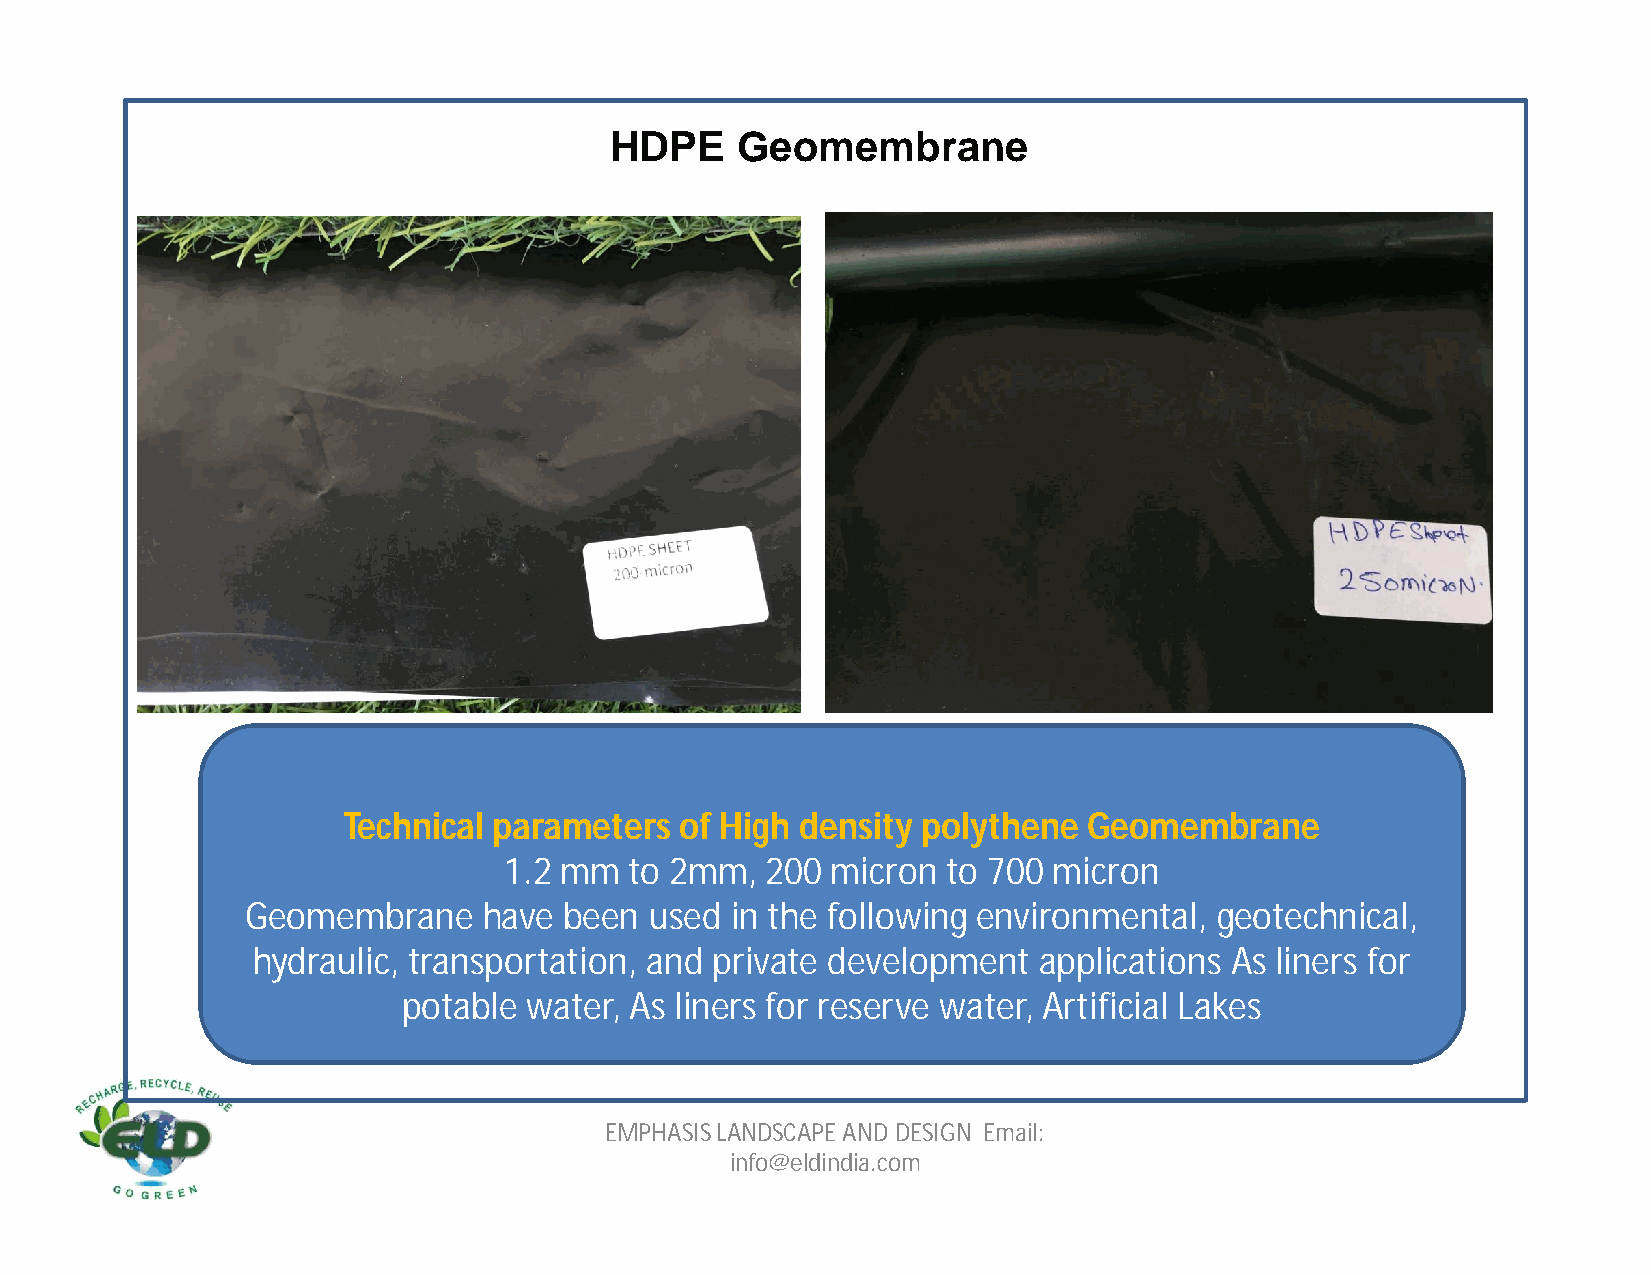
HDPE     Geomembrane
 Technical parameters  of High density polythene  Geomembrane
 1.2 mm   to 2mm,  200 micron  to 700 micron
 Geomembrane     have been  used in the following environmental,  geotechnical,
 hydraulic, transportation, and private development  applications As liners for
 potable water, As liners for reserve water, Artificial Lakes
 EMPHASIS LANDSCAPE AND DESIGN Email:
 info@eldindia.com